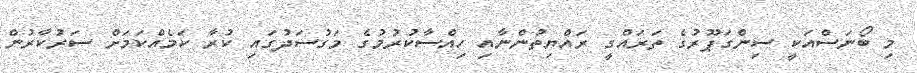
މި ބޯނަސްއަކީ ސިންގަޕޫރުގެ ތަރައްގީ ރައްޔިތުންނާއި ހިއްސާކުރުމުގެ މަގުސަދުގައި ކުރާ ކަމެއްކަމަށް ސަރުކާރުން